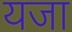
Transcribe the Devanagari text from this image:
यजा